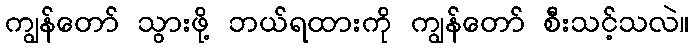
ကျွန်တော် သွားဖို့ ဘယ်ရထားကို ကျွန်တော် စီးသင့်သလဲ။